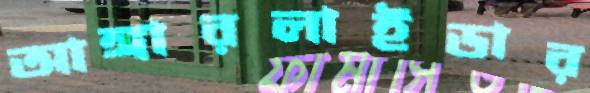
আঙ্গারলাইডার